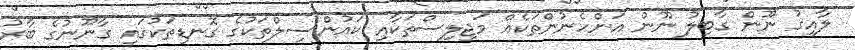
ލާއިގު ނޫން ގާބިލު ނޫން އަންހެނުންތަކެއް މަޖިލިސްތަކާއި ކައުންސިލްތަކުގެ ގޮނޑިތަކުގައި ގާނޫނުގެ ބާރު